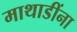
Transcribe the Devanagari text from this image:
माथाडींना